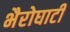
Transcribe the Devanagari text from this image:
भैरोघाटी